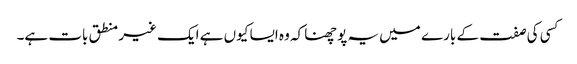
کسی کی صفت کے بارے میں یہ پوچھنا کہ وہ ایسا کیوں ہے ایک غیر منطق بات ہے۔